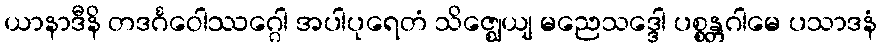
ယာနာဒီနိ တဒင်္ဂဝေါဿဂ္ဂေါ အပါပုရေတံ သိဇ္ဈေယျ မညေသဒ္ဒေါ ပစ္စန္တဂါမေ ပသာဒနံ